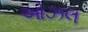
ઓઝલ